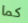
كما